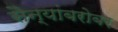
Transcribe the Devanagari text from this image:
सैन्यांबरोबर